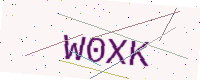
Text: W0XK